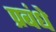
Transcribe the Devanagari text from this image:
प्रबंधे